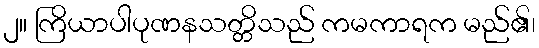
၂။ ကြိယာပါပုဏနသတ္တိသည် ကမကာရက မည်၏၊